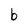
Character: b